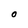
Character: O